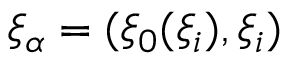
\xi _ { \alpha } = ( \xi _ { 0 } ( \xi _ { i } ) , \xi _ { i } )